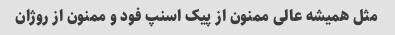
مثل همیشه عالی ممنون از پیک اسنپ فود و ممنون از روژان